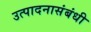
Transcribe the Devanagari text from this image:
उत्पादनासंबंधी